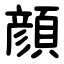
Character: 顔